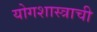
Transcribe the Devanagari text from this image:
योगशास्त्राची